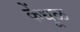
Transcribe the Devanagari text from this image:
केंधूळ